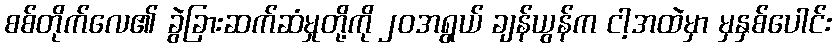
စစ်တိုက်လေ၏ ခွဲခြားဆက်ဆံမှုတို့ကို ၂၀အရွယ် ချန်ယွန်က ငါ့အထဲမှာ မှနှစ်ပေါင်း